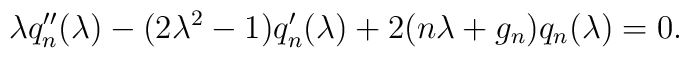
\lambda q''\sb n(\lambda) - (2\lambda^2 - 1)q'\sb n(\lambda) +2(n\lambda + g\sb n)q\sb n(\lambda) = 0.